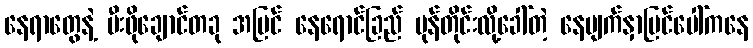
နေရာတွေနဲ့ မီးဖိုချောင်တခု အပြင် နေရောင်ခြည် မုန်တိုင်းလို့ခေါ်တဲ့ နေမျက်နှာပြင်ပေါ်ကနေ